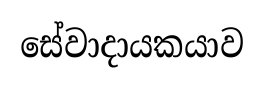
සේවාදායකයාව